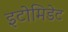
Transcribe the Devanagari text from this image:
इटोमिडेट